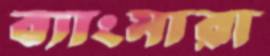
ব্যাংমারা